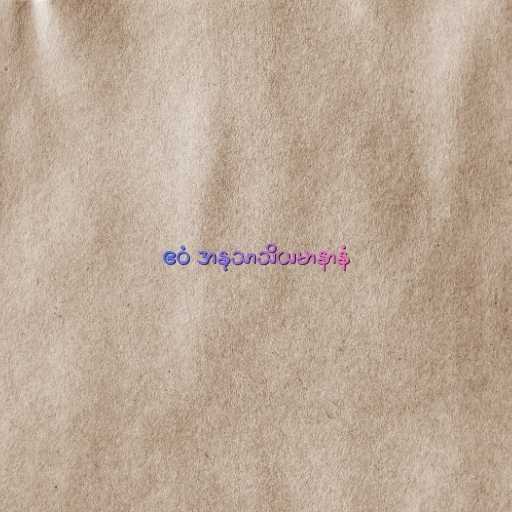
ဧဝံ အနုသာသိယမာနာနံ